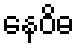
နေဝိဓ